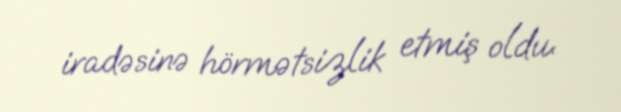
iradəsinə hörmətsizlik etmiş oldu.